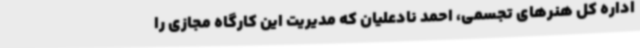
اداره کل هنرهای تجسمی، احمد نادعلیان که مدیریت این کارگاه مجازی را